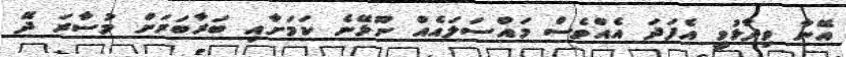
އޭނާ ވިދާޅުވީ އެފަދަ އެއްވެސް މައްސަލައެއް ނޫޅޭނެ ކަމަށާއި ބަރާބަރަށް މުސާރަ ދޭ